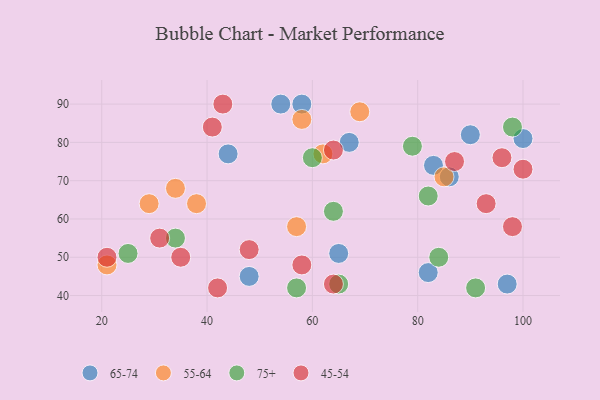
{"axis": {"x": "GDP", "y": "Life Expectancy"}, "legend": ["45-54", "55-64", "65-74", "75+"], "data": [{"x": "58", "y": 90, "type": "65-74"}, {"x": "44", "y": 77, "type": "65-74"}, {"x": "65", "y": 51, "type": "65-74"}, {"x": "67", "y": 80, "type": "65-74"}, {"x": "90", "y": 82, "type": "65-74"}, {"x": "97", "y": 43, "type": "65-74"}, {"x": "83", "y": 74, "type": "65-74"}, {"x": "82", "y": 46, "type": "65-74"}, {"x": "86", "y": 71, "type": "65-74"}, {"x": "48", "y": 45, "type": "65-74"}, {"x": "100", "y": 81, "type": "65-74"}, {"x": "54", "y": 90, "type": "65-74"}, {"x": "21", "y": 48, "type": "55-64"}, {"x": "69", "y": 88, "type": "55-64"}, {"x": "34", "y": 68, "type": "55-64"}, {"x": "29", "y": 64, "type": "55-64"}, {"x": "57", "y": 58, "type": "55-64"}, {"x": "62", "y": 77, "type": "55-64"}, {"x": "85", "y": 71, "type": "55-64"}, {"x": "38", "y": 64, "type": "55-64"}, {"x": "58", "y": 86, "type": "55-64"}, {"x": "64", "y": 62, "type": "75+"}, {"x": "60", "y": 76, "type": "75+"}, {"x": "65", "y": 43, "type": "75+"}, {"x": "84", "y": 50, "type": "75+"}, {"x": "34", "y": 55, "type": "75+"}, {"x": "25", "y": 51, "type": "75+"}, {"x": "79", "y": 79, "type": "75+"}, {"x": "57", "y": 42, "type": "75+"}, {"x": "91", "y": 42, "type": "75+"}, {"x": "82", "y": 66, "type": "75+"}, {"x": "98", "y": 84, "type": "75+"}, {"x": "64", "y": 78, "type": "45-54"}, {"x": "42", "y": 42, "type": "45-54"}, {"x": "93", "y": 64, "type": "45-54"}, {"x": "87", "y": 75, "type": "45-54"}, {"x": "21", "y": 50, "type": "45-54"}, {"x": "100", "y": 73, "type": "45-54"}, {"x": "41", "y": 84, "type": "45-54"}, {"x": "43", "y": 90, "type": "45-54"}, {"x": "98", "y": 58, "type": "45-54"}, {"x": "35", "y": 50, "type": "45-54"}, {"x": "58", "y": 48, "type": "45-54"}, {"x": "31", "y": 55, "type": "45-54"}, {"x": "64", "y": 43, "type": "45-54"}, {"x": "48", "y": 52, "type": "45-54"}, {"x": "96", "y": 76, "type": "45-54"}]}